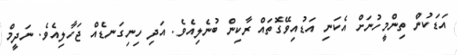
އަޑަކުން ތިންމީހުނަށް އެކަނި އަޑުއިވޭގޮތައް ރާކިން ބުނެލިއެވެ. އަދި ހިނިގަނޑެއް ޖަހާލިއެވެ. ނަދީމް